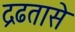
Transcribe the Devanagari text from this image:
द्रढतासे